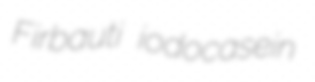
Firbauti iodocasein